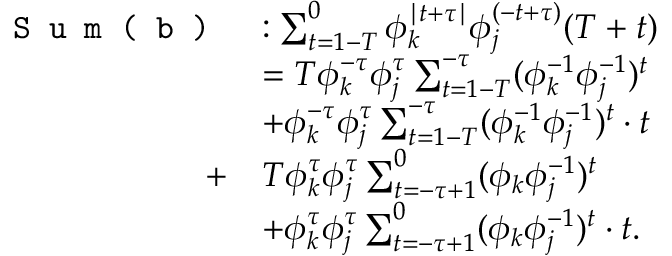
\begin{array} { r l } { \texttt { S u m ( b ) } } & { : \sum _ { t = 1 - T } ^ { 0 } \phi _ { k } ^ { \mid t + \tau \mid } \phi _ { j } ^ { ( - t + \tau ) } ( T + t ) } \\ & { = T \phi _ { k } ^ { - \tau } \phi _ { j } ^ { \tau } \sum _ { t = 1 - T } ^ { - \tau } ( \phi _ { k } ^ { - 1 } \phi _ { j } ^ { - 1 } ) ^ { t } } \\ & { + \phi _ { k } ^ { - \tau } \phi _ { j } ^ { \tau } \sum _ { t = 1 - T } ^ { - \tau } ( \phi _ { k } ^ { - 1 } \phi _ { j } ^ { - 1 } ) ^ { t } \cdot t } \\ { + } & { T \phi _ { k } ^ { \tau } \phi _ { j } ^ { \tau } \sum _ { t = - \tau + 1 } ^ { 0 } ( \phi _ { k } \phi _ { j } ^ { - 1 } ) ^ { t } } \\ & { + \phi _ { k } ^ { \tau } \phi _ { j } ^ { \tau } \sum _ { t = - \tau + 1 } ^ { 0 } ( \phi _ { k } \phi _ { j } ^ { - 1 } ) ^ { t } \cdot t . } \end{array}